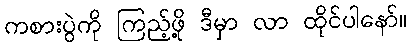
ကစားပွဲကို ကြည့်ဖို့ ဒီမှာ လာ ထိုင်ပါနော်။